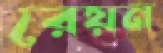
রেয়ন